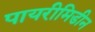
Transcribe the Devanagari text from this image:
पायरीमिडीन